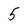
Character: 5